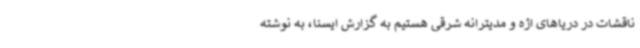
ناقشات در دریاهای اژه و مدیترانه شرقی هستیم به گزارش ایسنا، به نوشته